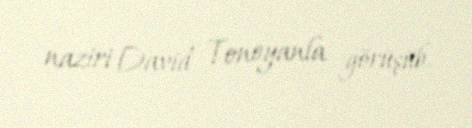
naziri David Tonoyanla görüşüb.